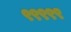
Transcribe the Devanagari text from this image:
९९९९९